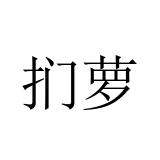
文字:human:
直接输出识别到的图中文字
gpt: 扪萝